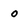
Character: o